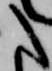
た